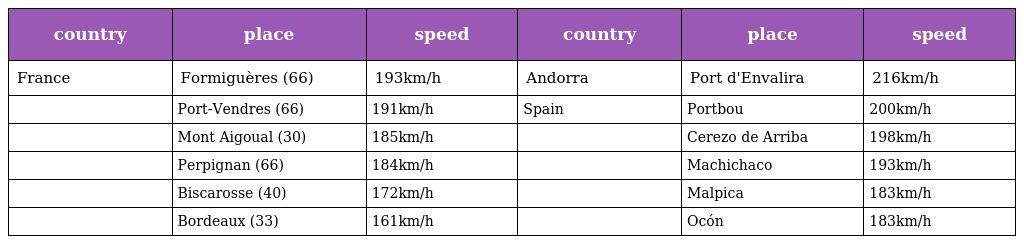
| country | place | speed | country | place | speed |
 | --- | --- | --- | --- | --- | --- |
 | France | Formiguères (66) | 193km/h | Andorra | Port d'Envalira | 216km/h |
 |  | Port-Vendres (66) | 191km/h | Spain | Portbou | 200km/h |
 |  | Mont Aigoual (30) | 185km/h |  | Cerezo de Arriba | 198km/h |
 |  | Perpignan (66) | 184km/h |  | Machichaco | 193km/h |
 |  | Biscarosse (40) | 172km/h |  | Malpica | 183km/h |
 |  | Bordeaux (33) | 161km/h |  | Ocón | 183km/h |